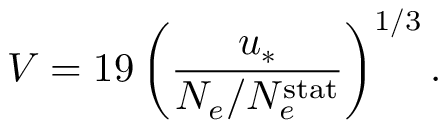
V = 1 9 \left( \frac { u _ { \ast } } { N _ { e } / N _ { e } ^ { \mathrm { s t a t } } } \right) ^ { 1 / 3 } .